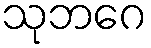
သုဘဂေ